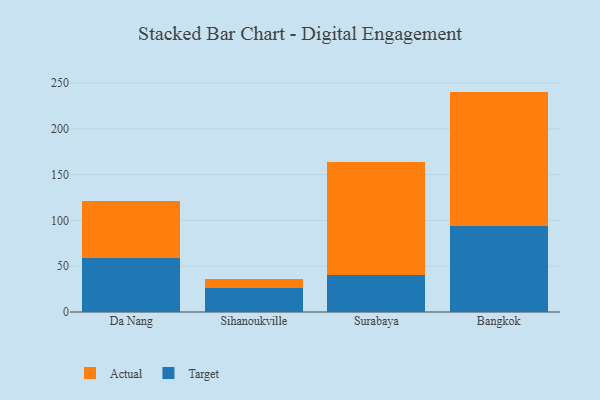
{"axis": {"x": "City", "y": "LTV (USD)"}, "legend": ["Actual", "Target"], "data": [{"x": "Da Nang", "y": 58.7, "type": "Target"}, {"x": "Da Nang", "y": 62.9, "type": "Actual"}, {"x": "Sihanoukville", "y": 25.7, "type": "Target"}, {"x": "Sihanoukville", "y": 9.8, "type": "Actual"}, {"x": "Surabaya", "y": 40.6, "type": "Target"}, {"x": "Surabaya", "y": 123.0, "type": "Actual"}, {"x": "Bangkok", "y": 93.4, "type": "Target"}, {"x": "Bangkok", "y": 147.2, "type": "Actual"}]}